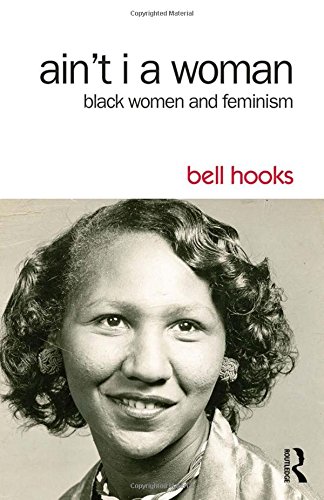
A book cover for Ain't I a Woman: Black Women and Feminism; bell hooks; Politics & Social Sciences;